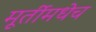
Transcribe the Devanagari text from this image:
मूर्तीमधेच